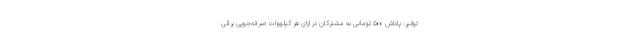
توانیر: پاداش ۵۰۰ تومانی به مشترکان در ازای هر کیلووات صرفه‌جویی برقی